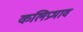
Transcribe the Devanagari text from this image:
कलिप्रभाव